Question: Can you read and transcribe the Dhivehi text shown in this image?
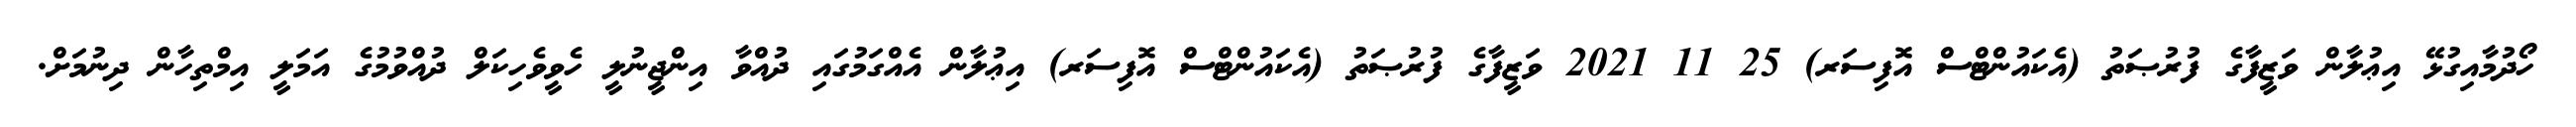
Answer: ހޯދުމާއިގުޅޭ އިޢުލާން ވަޒީފާގެ ފުރުޞަތު (އެކައުންޓްސް އޮފިސަރ) 25 11 2021 ވަޒީފާގެ ފުރުޞަތު (އެކައުންޓްސް އޮފިސަރ) އިޢުލާން އެއްގަމުގައި ދުއްވާ އިންޖީނުލީ ހެވީވެހިކަލް ދުއްވުމުގެ އަމަލީ އިމްތިހާން ދިނުމަށް.